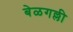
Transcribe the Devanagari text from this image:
बेळगल्ली